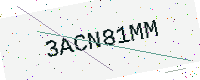
Text: 3ACN81MM